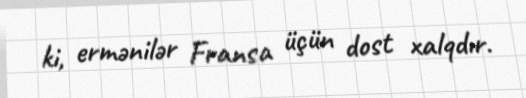
ki, ermənilər Fransa üçün dost xalqdır.